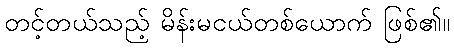
တင့်တယ်သည့် မိန်းမငယ်တစ်ယောက် ဖြစ်၏။